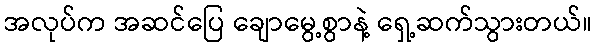
အလုပ်က အဆင်ပြေ ချောမွေ့စွာနဲ့ ရှေ့ဆက်သွားတယ်။